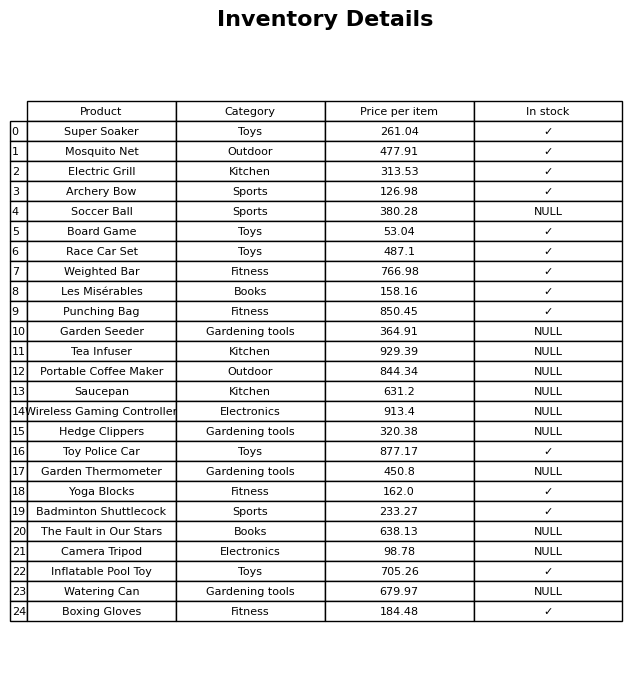
question: What is the price for Garden Seeder?
answer: The price of Garden Seeder is 364.91.